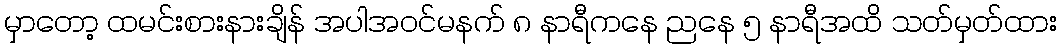
မှာတော့ ထမင်းစားနားချိန် အပါအဝင်မနက် ၈ နာရီကနေ ညနေ ၅ နာရီအထိ သတ်မှတ်ထား